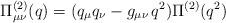
LaTeX: \begin{align*}\Pi^{(2)}_{\mu\nu} (q) = (q_\mu q_\nu - g_{\mu\nu}\, q^2 ) \Pi^{(2)} (q^2)\end{align*}